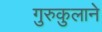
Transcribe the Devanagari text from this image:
गुरुकुलाने